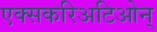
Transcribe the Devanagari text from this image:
एक्सकरिअटिओन्